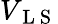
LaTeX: V_{\mathrm{~L~S~}}